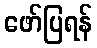
ဖော်ပြရန်